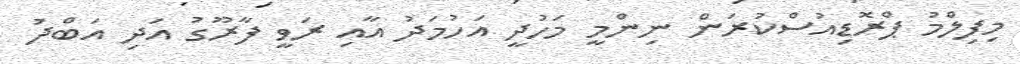
މިފިލްމު ޕްރޮޑިއުސްކުރަން ނިންމީ މަހުދީ އަހުމަދު އާއި ރަވީ ފާރޫގު އަދި އަބްދު